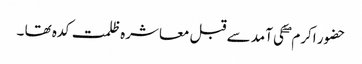
حضور اکرم ۖ کی آمد سے قبل معاشرہ ظلمت کدہ تھا ۔